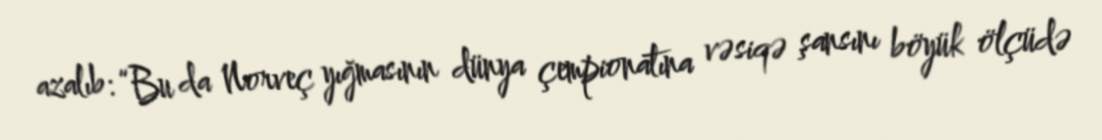
azalıb: “Bu da Norveç yığmasının dünya çempionatına vəsiqə şansını böyük ölçüdə